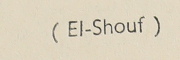
(El-Shouf)